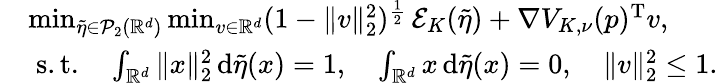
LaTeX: \begin{array}{rl}&{\operatorname*{min}_{\tilde{\eta}\in\mathcal{P}_{2}(\mathbb{R}^{d})}\operatorname*{min}_{v\in\mathbb{R}^{d}}(1-\| v\| _{2}^{2})^{\frac{1}{2}}\, \mathcal E_{K}(\tilde{\eta})+\nabla V_{K,\nu}(p)^{\mathrm{T}}v,}\\ &{\; \mathrm{s.t.}\quad\int_{\mathbb{R}^{d}}\| x\| _{2}^{2}\, \mathrm{d}\tilde{\eta}(x)=1,\quad\int_{\mathbb{R}^{d}}x\, \mathrm{d}\tilde{\eta}(x)=0,\quad\| v\| _{2}^{2}\le 1.}\end{array}